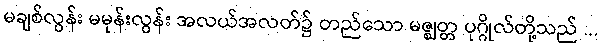
မချစ်လွန်း မမုန်းလွန်း အလယ်အလတ်၌ တည်သော မဇ္ဈတ္တ ပုဂ္ဂိုလ်တို့သည် ...